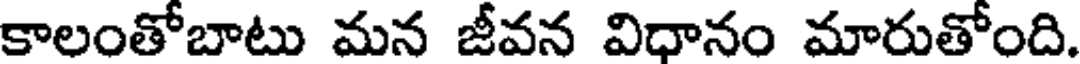
కాలంతోబాటు మన జీవన విధానం మారుతోంది.